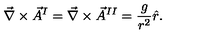
\vec { \nabla } \times \vec { A } ^ { I } = \vec { \nabla } \times \vec { A } ^ { I I } = { \frac { g } { r ^ { 2 } } } \hat { r } .